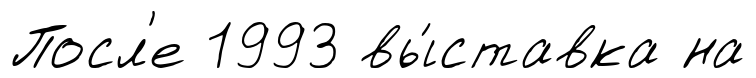
Посл'е 1993 вы́ставка на